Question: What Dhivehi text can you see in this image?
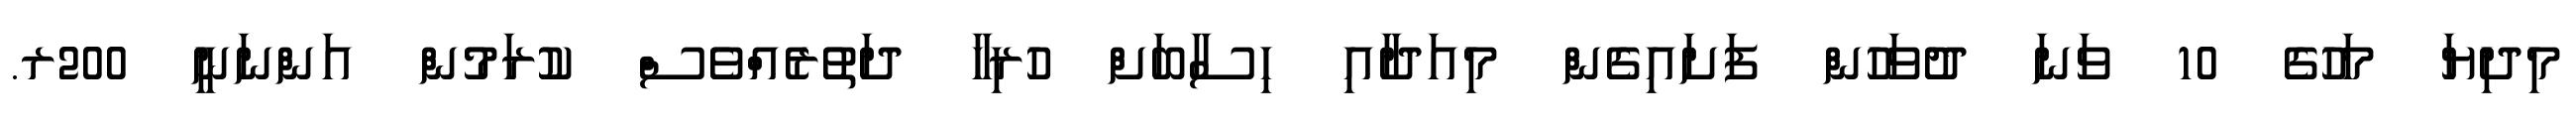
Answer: މިދިޔަ މަހުގެ 10 ވަނަ ދުވަހުން ފަށައިގެން މިއަދާއި ހިސާބަށް ހުރިހާ ދަތުރެއްވެސް ކުރަމުން އަންނަނީ 200ރ.